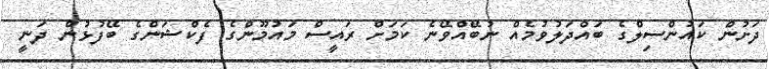
ދަށުން ކައުންސިލްގެ ބައްދަލުވުމެއް ނުބޭއްވޭނެ ކަމަށް ރައީސް މައުމޫންގެ ފެކްޝަންގެ ބޭފުޅުން ދަނީ